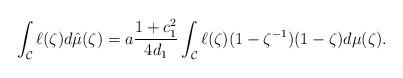
LaTeX: \begin{align*} \int_{\mathcal{C}} \ell(\zeta) d \hat{\mu}(\zeta) = a \frac{1+c_1^2}{4d_1} \int_{\mathcal{C}} \ell(\zeta) (1-\zeta^{-1})(1-\zeta) d \mu(\zeta).\end{align*}